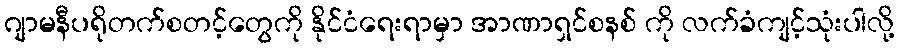
ဂျာမနီပရိုတက်စတင့်တွေကို နိုင်ငံရေးရာမှာ အာဏာရှင်စနစ် ကို လက်ခံကျင့်သုံးပါလို့